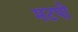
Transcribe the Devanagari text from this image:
मटपो